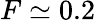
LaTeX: F\simeq 0.2